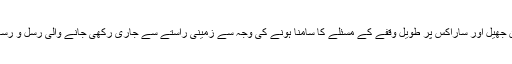
موجودہ براستہ ایران جانے والی ریلوے لائن کا ناکافی رہنا، وان جھیل اور ساراکس پر طویل وقفے کے مسئلے کا سامنا ہونے کی وجہ سے زمینی راستے سے جاری رکھی جانے والی رسل و رسائل کے بھی اس لائن پر منتقل ہونے کا قوی احتمال موجود ہے۔